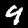
Label: 9